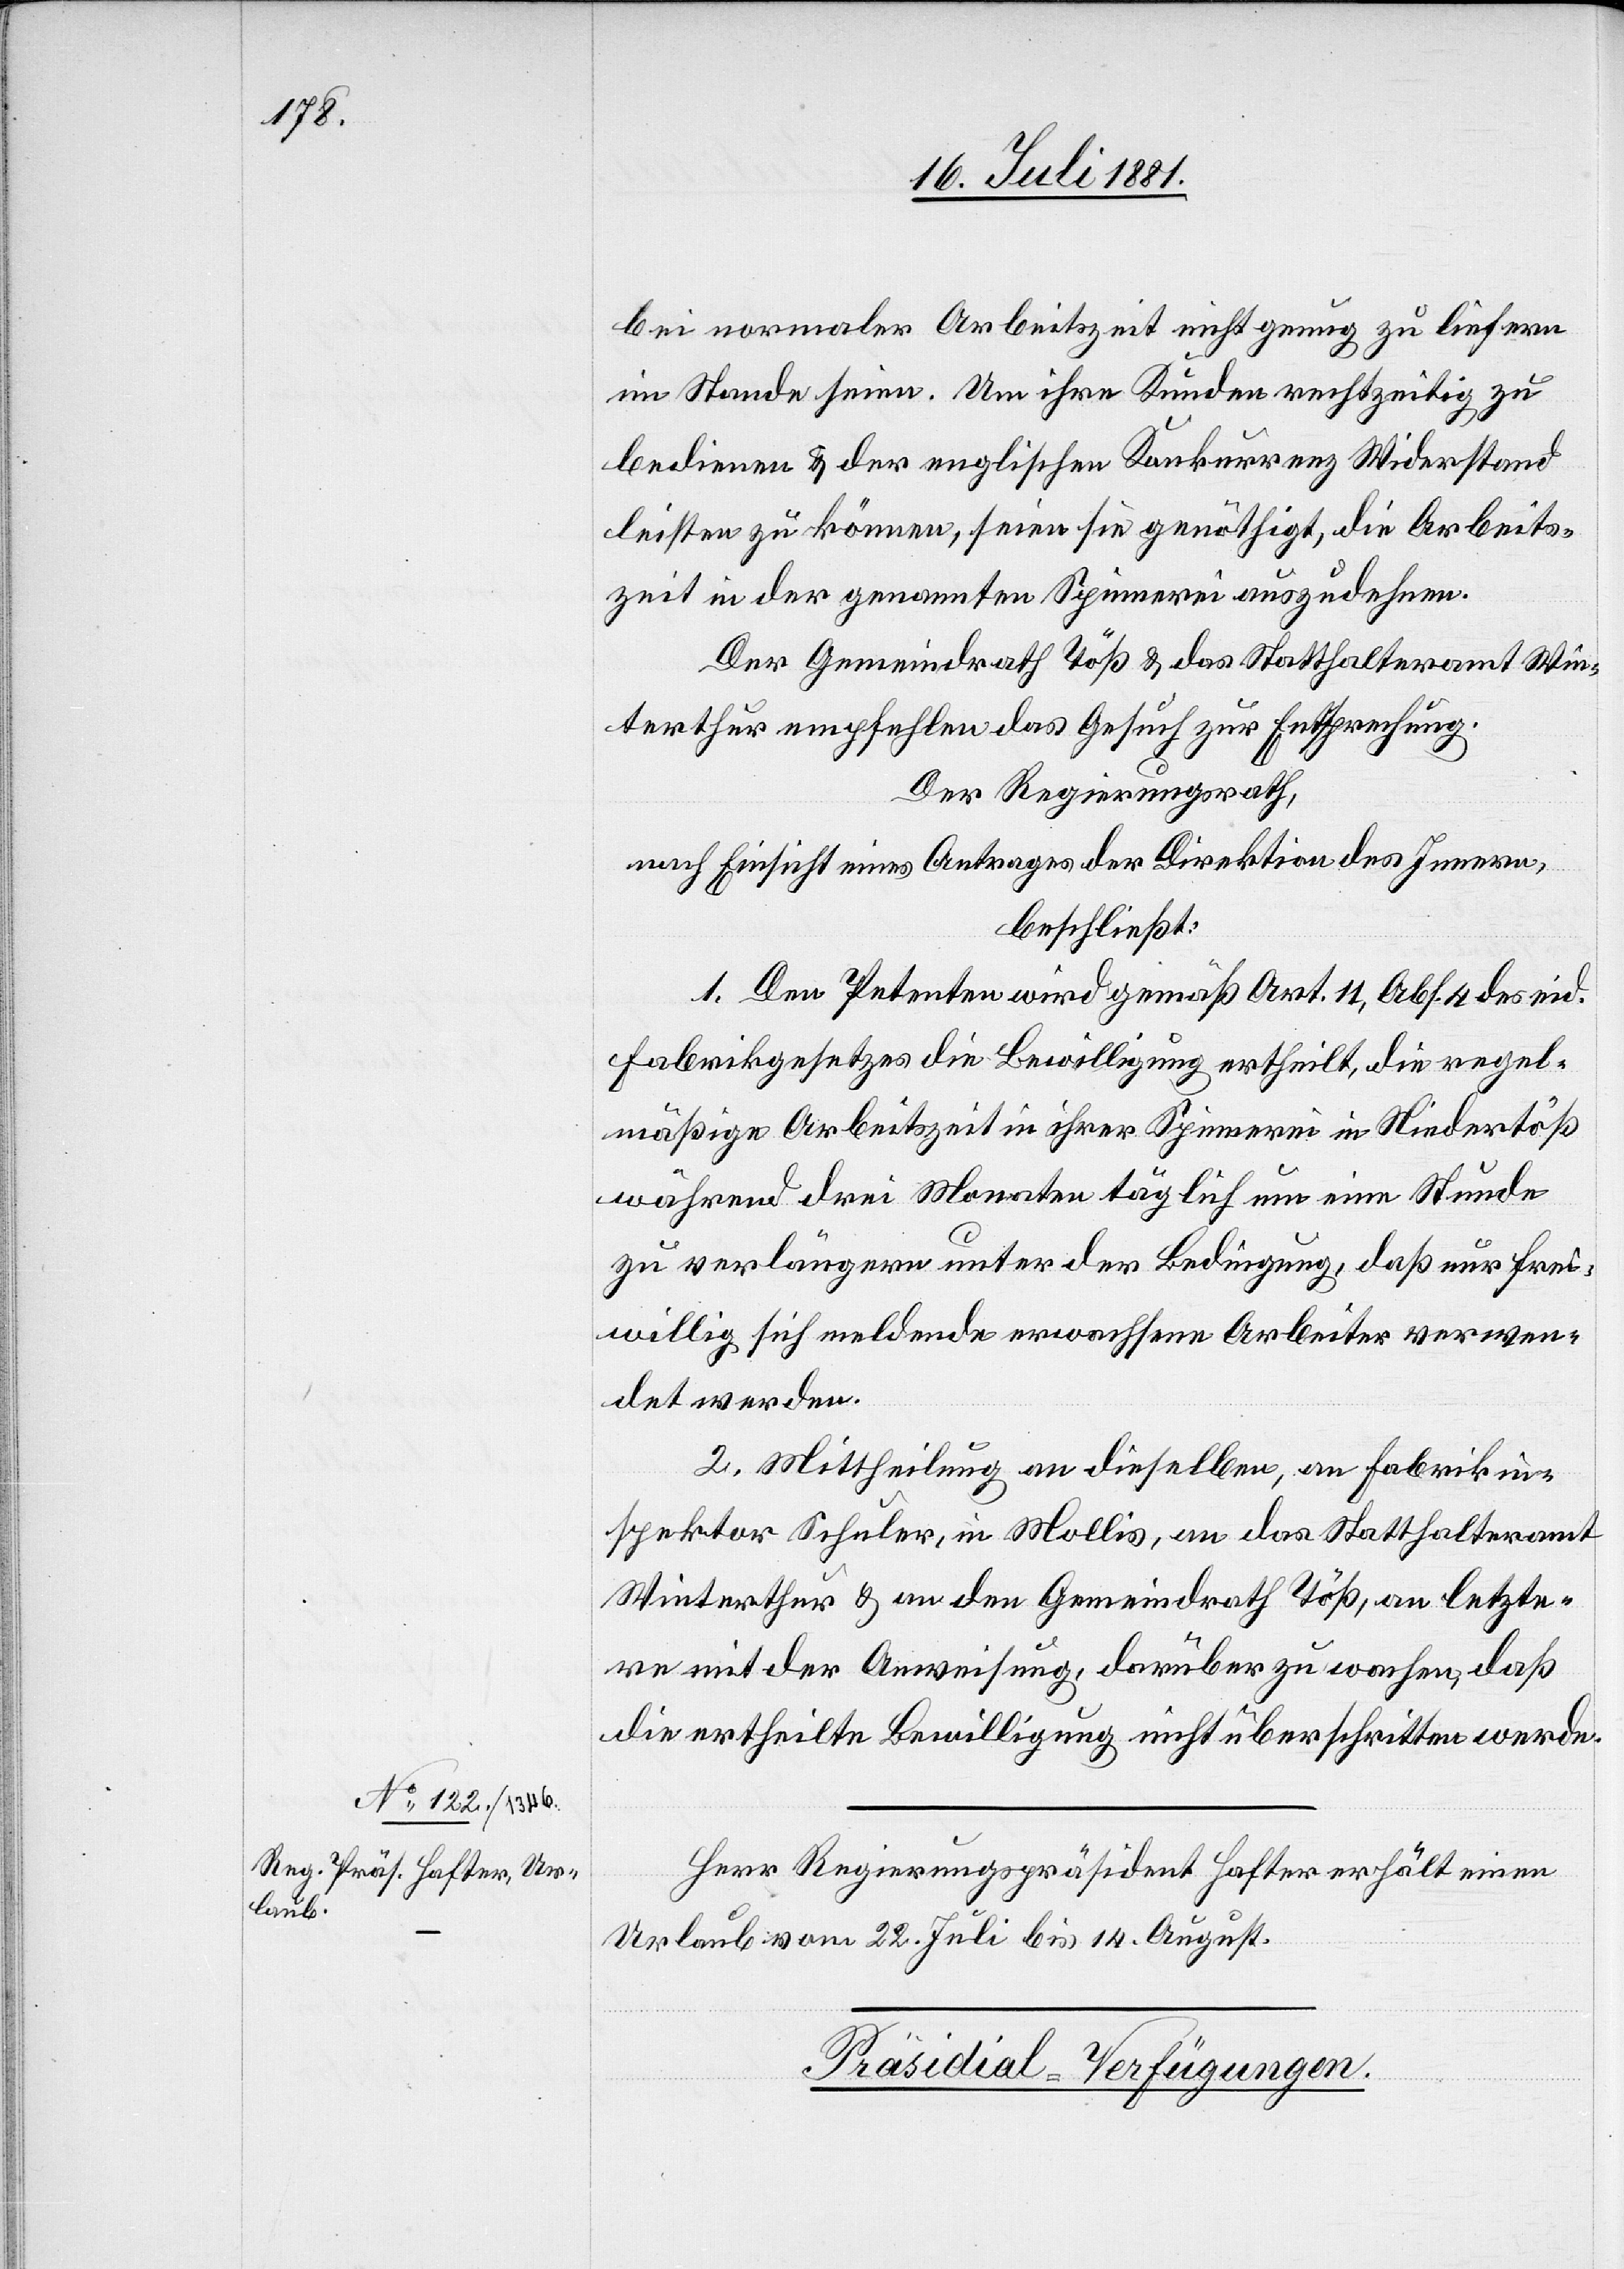
bei normaler Arbeitszeit nicht genug zu liefern
im Stande seien. Um ihre Kunden rechtzeitig zu
bedienen & der englischen Konkurrenz Widerstand
leisten zu können, seien sie genöthigt, die Arbeits¬
zeit in der genannten Spinnerei auszudehnen.
Der Gemeindrath Töß & das Statthalteramt Win¬
terthur empfehlen das Gesuch zur Entsprechung.
Der Regierungsrath,
nach Einsicht eines Antrages der Direktion des Innern,
beschließt:
1. Den Petenten wird gemäß Art. 11, Abs. 4 des eid.
Fabrikgesetzes die Bewilligung ertheilt, die regel¬
mäßige Arbeitszeit in ihrer Spinnerei in Niedertöß
während drei Monaten täglich um eine Stunde
zu verlängern unter der Bedingung, daß nur frei¬
willig sich meldende erwachsene Arbeiter verwen¬
det werden.
2. Mittheilung an dieselben, an Fabrikin¬
spektor Schuler, in Mollis, an das Statthalteramt
Winterthur & an den Gemeindrath Töß, an letzte¬
re mit der Anweisung, darüber zu wachen, daß
die ertheilte Bewilligung nicht überschritten werde.
Herr Regierungspräsident Hafter erhält einen
Urlaub vom 22. Juli bis 15. August.